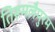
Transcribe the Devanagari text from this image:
तिरूमलैपुरम